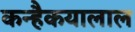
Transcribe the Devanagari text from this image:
कन्हैकयालाल